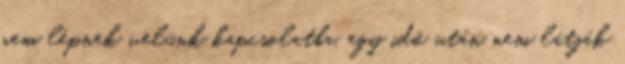
nem lépnek velünk kapcsolatba, egy idő után nem látják